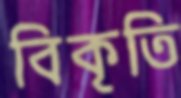
বিকৃতি